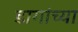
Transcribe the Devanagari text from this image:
डागांच्या